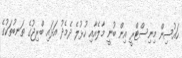
ހައުސިން މިނިސްޓްރީ އިން ބުނީ މާލެއާއި ހުޅުލެ ދެމެދު އަޅައި ބްރިޖުގެ ތަނބުތަކުގެ